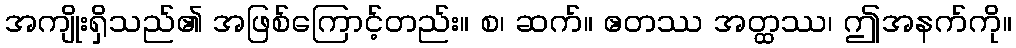
အကျိုးရှိသည်၏ အဖြစ်ကြောင့်တည်း။ စ၊ ဆက်။ ဧတဿ အတ္ထဿ၊ ဤအနက်ကို။